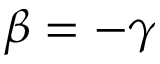
\beta = - \gamma